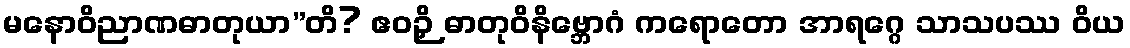
မနောဝိညာဏဓာတုယာ”တိ? ဧဝဉှိ ဓာတုဝိနိဗ္ဘောဂံ ကရောတော အာရဂ္ဂေ သာသပဿ ဝိယ